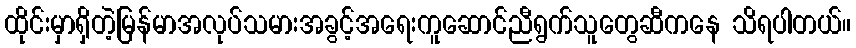
ထိုင်းမှာရှိတဲ့မြန်မာအလုပ်သမားအခွင့်အရေးကူဆောင်ညီရွက်သူတွေဆီကနေ သိရပါတယ်။